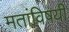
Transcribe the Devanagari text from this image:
मतांविषयी